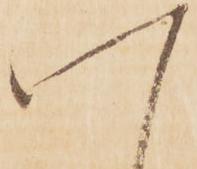
八